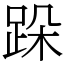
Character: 跺